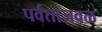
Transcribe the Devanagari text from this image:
पर्वताजवळ